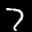
Label: 7